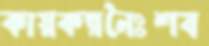
কায়কল্পনৈঃশব